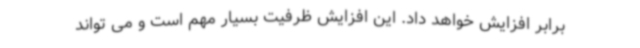
برابر افزایش خواهد داد. این افزایش ظرفیت بسیار مهم است و می تواند